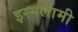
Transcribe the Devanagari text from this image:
इस्मलामी